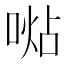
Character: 𠸞